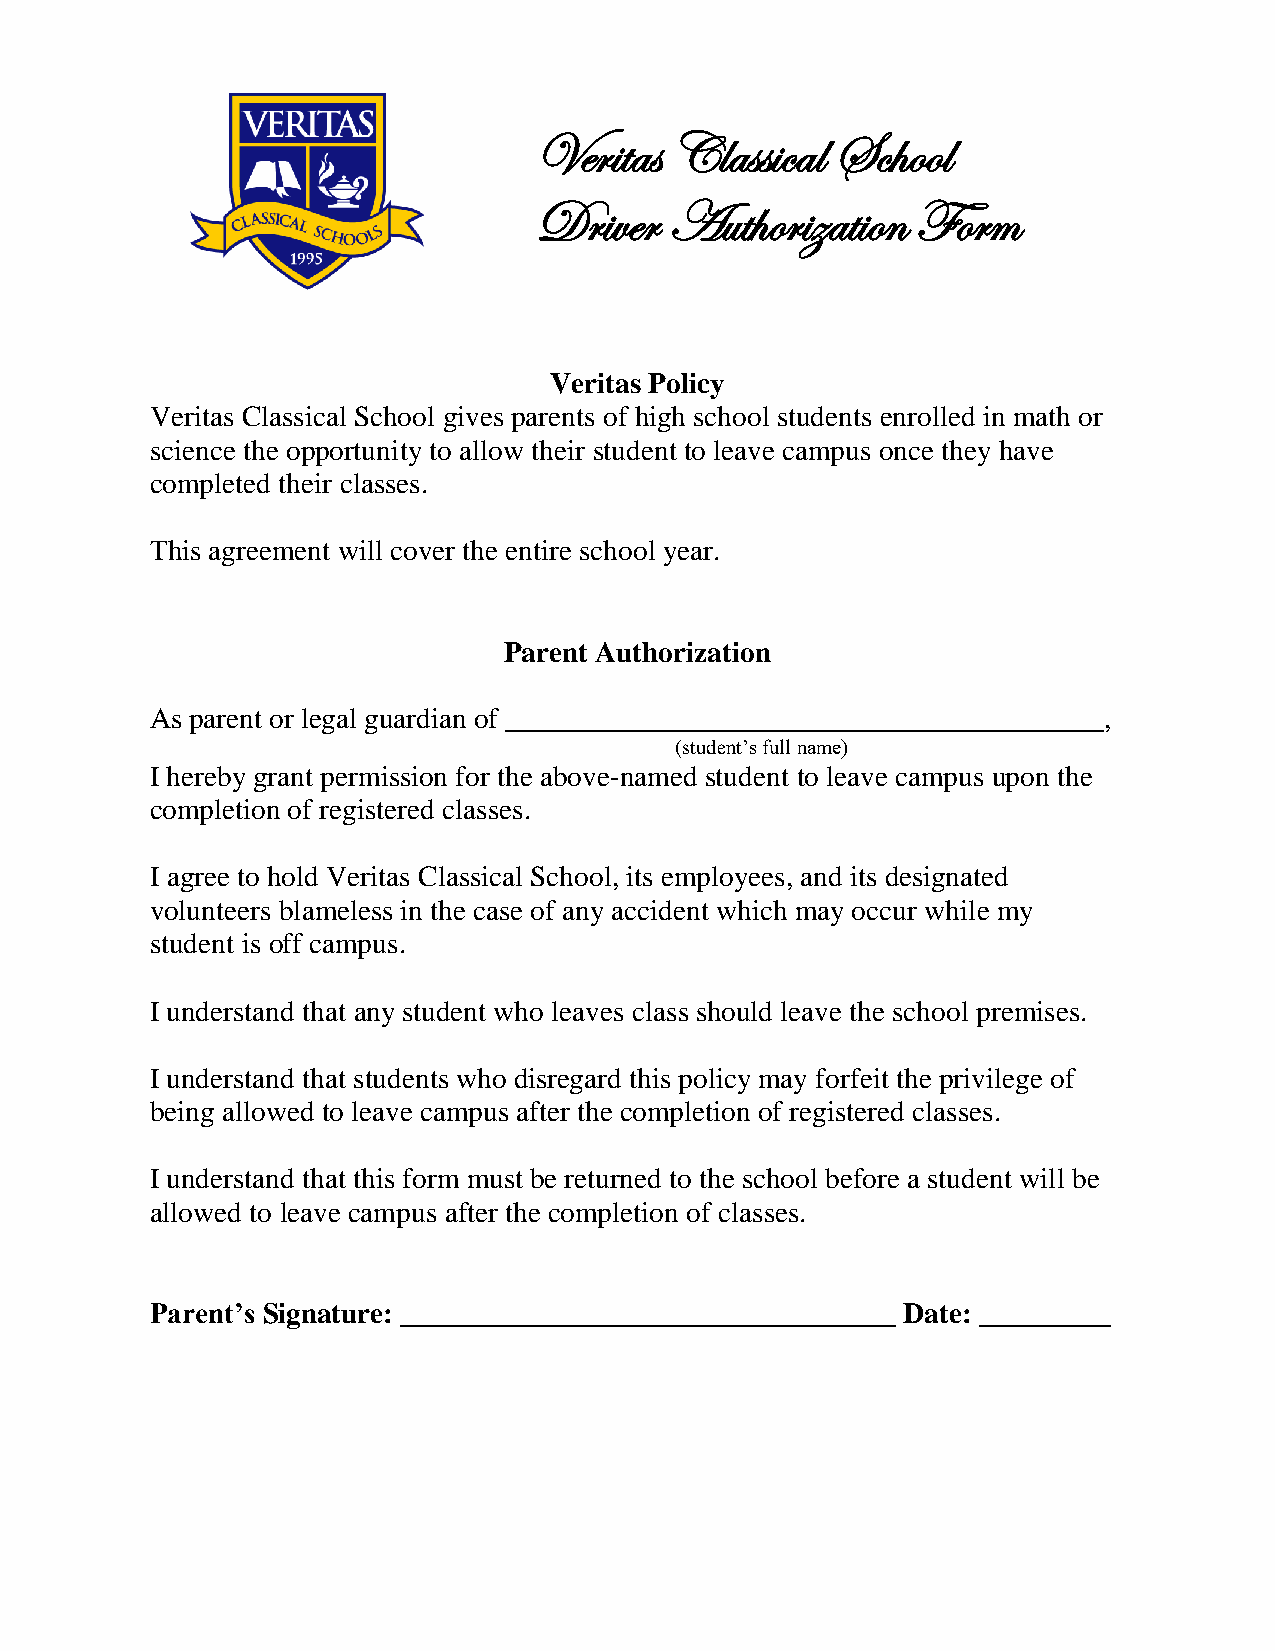
Veritas  Classical  School
 Driver   Authorization    Form
 Veritas Policy
 Veritas Classical School gives parents of high school students enrolled in math or
 science the opportunity to allow their student to leave campus once they have
 completed their classes.
 This agreement will cover the entire school year.
 Parent Authorization
 As parent or legal guardian of _________________________________________,
 (student’s full name)
 I hereby grant permission for the above-named student to leave campus upon the
 completion of registered classes.
 I agree to hold Veritas Classical School, its employees, and its designated
 volunteers blameless in the case of any accident which may occur while my
 student is off campus.
 I understand that any student who leaves class should leave the school premises.
 I understand that students who disregard this policy may forfeit the privilege of
 being allowed to leave campus after the completion of registered classes.
 I understand that this form must be returned to the school before a student will be
 allowed to leave campus after the completion of classes.
 Parent’s Signature: __________________________________ Date: _________